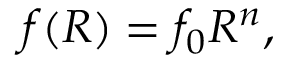
f ( R ) = f _ { 0 } R ^ { n } ,